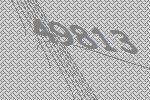
49813